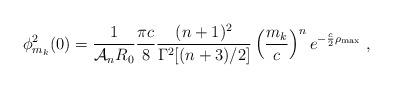
LaTeX: \begin{align*}\phi_{m_k}^2(0) = \frac{1}{{\cal A}_n R_0} \frac{\pi c}{8} \frac{(n+1)^2}{\Gamma^2[(n+3)/2]} \left(\frac{m_k}{c}\right)^n e^{-\frac{c}{2} \rho_{\rm max}}~,\end{align*}